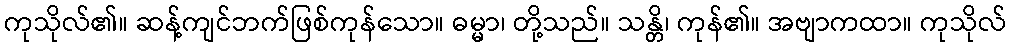
ကုသိုလ်၏။ ဆန့်ကျင်ဘက်ဖြစ်ကုန်သော။ ဓမ္မာ၊ တို့သည်။ သန္တိ၊ ကုန်၏။ အဗျာကထာ။ ကုသိုလ်